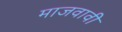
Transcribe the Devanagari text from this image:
माजवावी